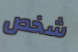
شخص